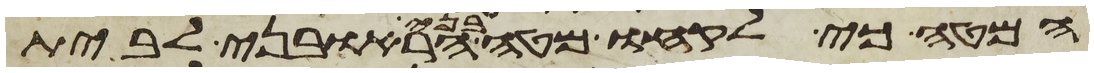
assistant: המטה כי לקחו מטה בני הראובני לבית